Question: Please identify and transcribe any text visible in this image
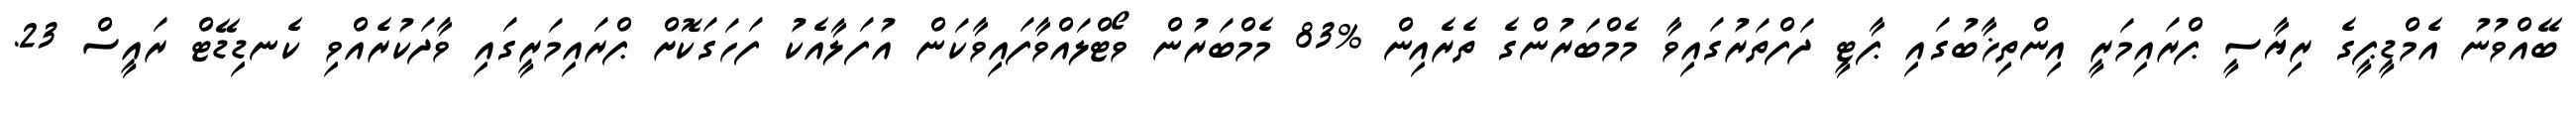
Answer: ބޭއްވުނު އެމްޑީޕީގެ ރިޔާސީ ޕްރައިމަރީ އިންތިޚާބުގައި ޕާޓީ ދަފްތަރުގައިވާ މެމްބަރުންގެ ތެރެއިން %83 މެމްބަރުން ވޯޓްލައްވާފައިވާކަން އުފަލާއެކު ފަހަގަކޮށް ޕްރައިމަރީގައި ވާދަކުރެއްވި ކެނޑިޑޭޓް ރައީސް 23.